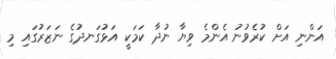
އަންނި އަށް ކުރެވުނު އެންމެ ވިޔާ ނުދާ ކަމަކީ އަޅުގަނދުގެ ނަޒަރުގައި މި